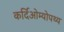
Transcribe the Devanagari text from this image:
कर्दिओम्योपथ्य